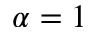
\alpha = 1